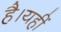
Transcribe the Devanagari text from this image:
है।यहीं